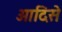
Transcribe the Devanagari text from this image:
आदिसे